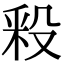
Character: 𣪖